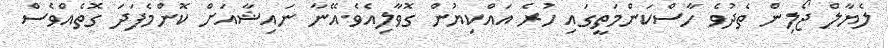
ލެޔާލް ޖޯލިން ތެދުވެ ހާސްކަންމަތީގައި ހުރެ އައްކިޔުން ގޮވާލިއެވެ.އޭނާ ނައިޝާއަށް ކޮންމެފަދަ ގޮތެއްވެސް